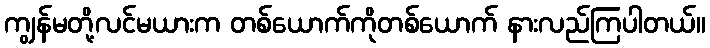
ကျွန်မတို့လင်မယားက တစ်ယောက်ကိုတစ်ယောက် နားလည်ကြပါတယ်။